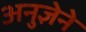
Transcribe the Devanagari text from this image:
अनुज्ञेने